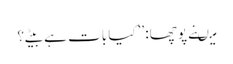
میںنے پوچھا: ’’کیا بات ہے بیٹے؟